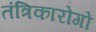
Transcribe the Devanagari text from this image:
तंत्रिकारोगों